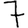
Digit: 7